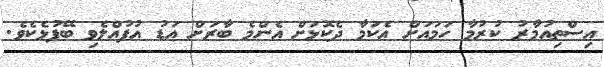
އިސްތިއުމާރު ކުރުމާ ހަމައަށް އެކަމާ ދެކޮޅަށް އެންމެ ބާރަށް އަޑު އުފުއްލެވި ބޭފުޅެކެވެ.